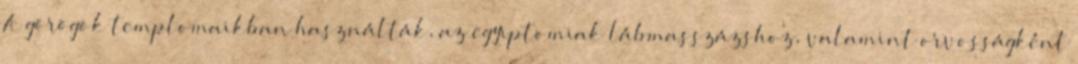
A görögök templomaikban használták, az egyiptomiak lábmasszázshoz, valamint orvosságként